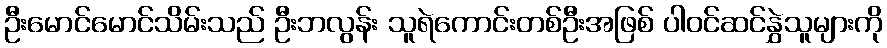
ဦးမောင်မောင်သိမ်းသည် ဦးဘလွန်း သူရဲကောင်းတစ်ဦးအဖြစ် ပါဝင်ဆင်နွှဲသူများကို